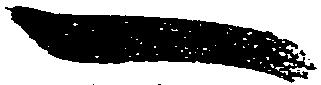
一